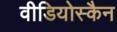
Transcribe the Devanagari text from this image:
वीडियोस्कैन